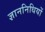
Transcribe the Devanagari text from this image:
ज्ञाननिधियों